Angerja_oigeusu_kogudus, lk 23
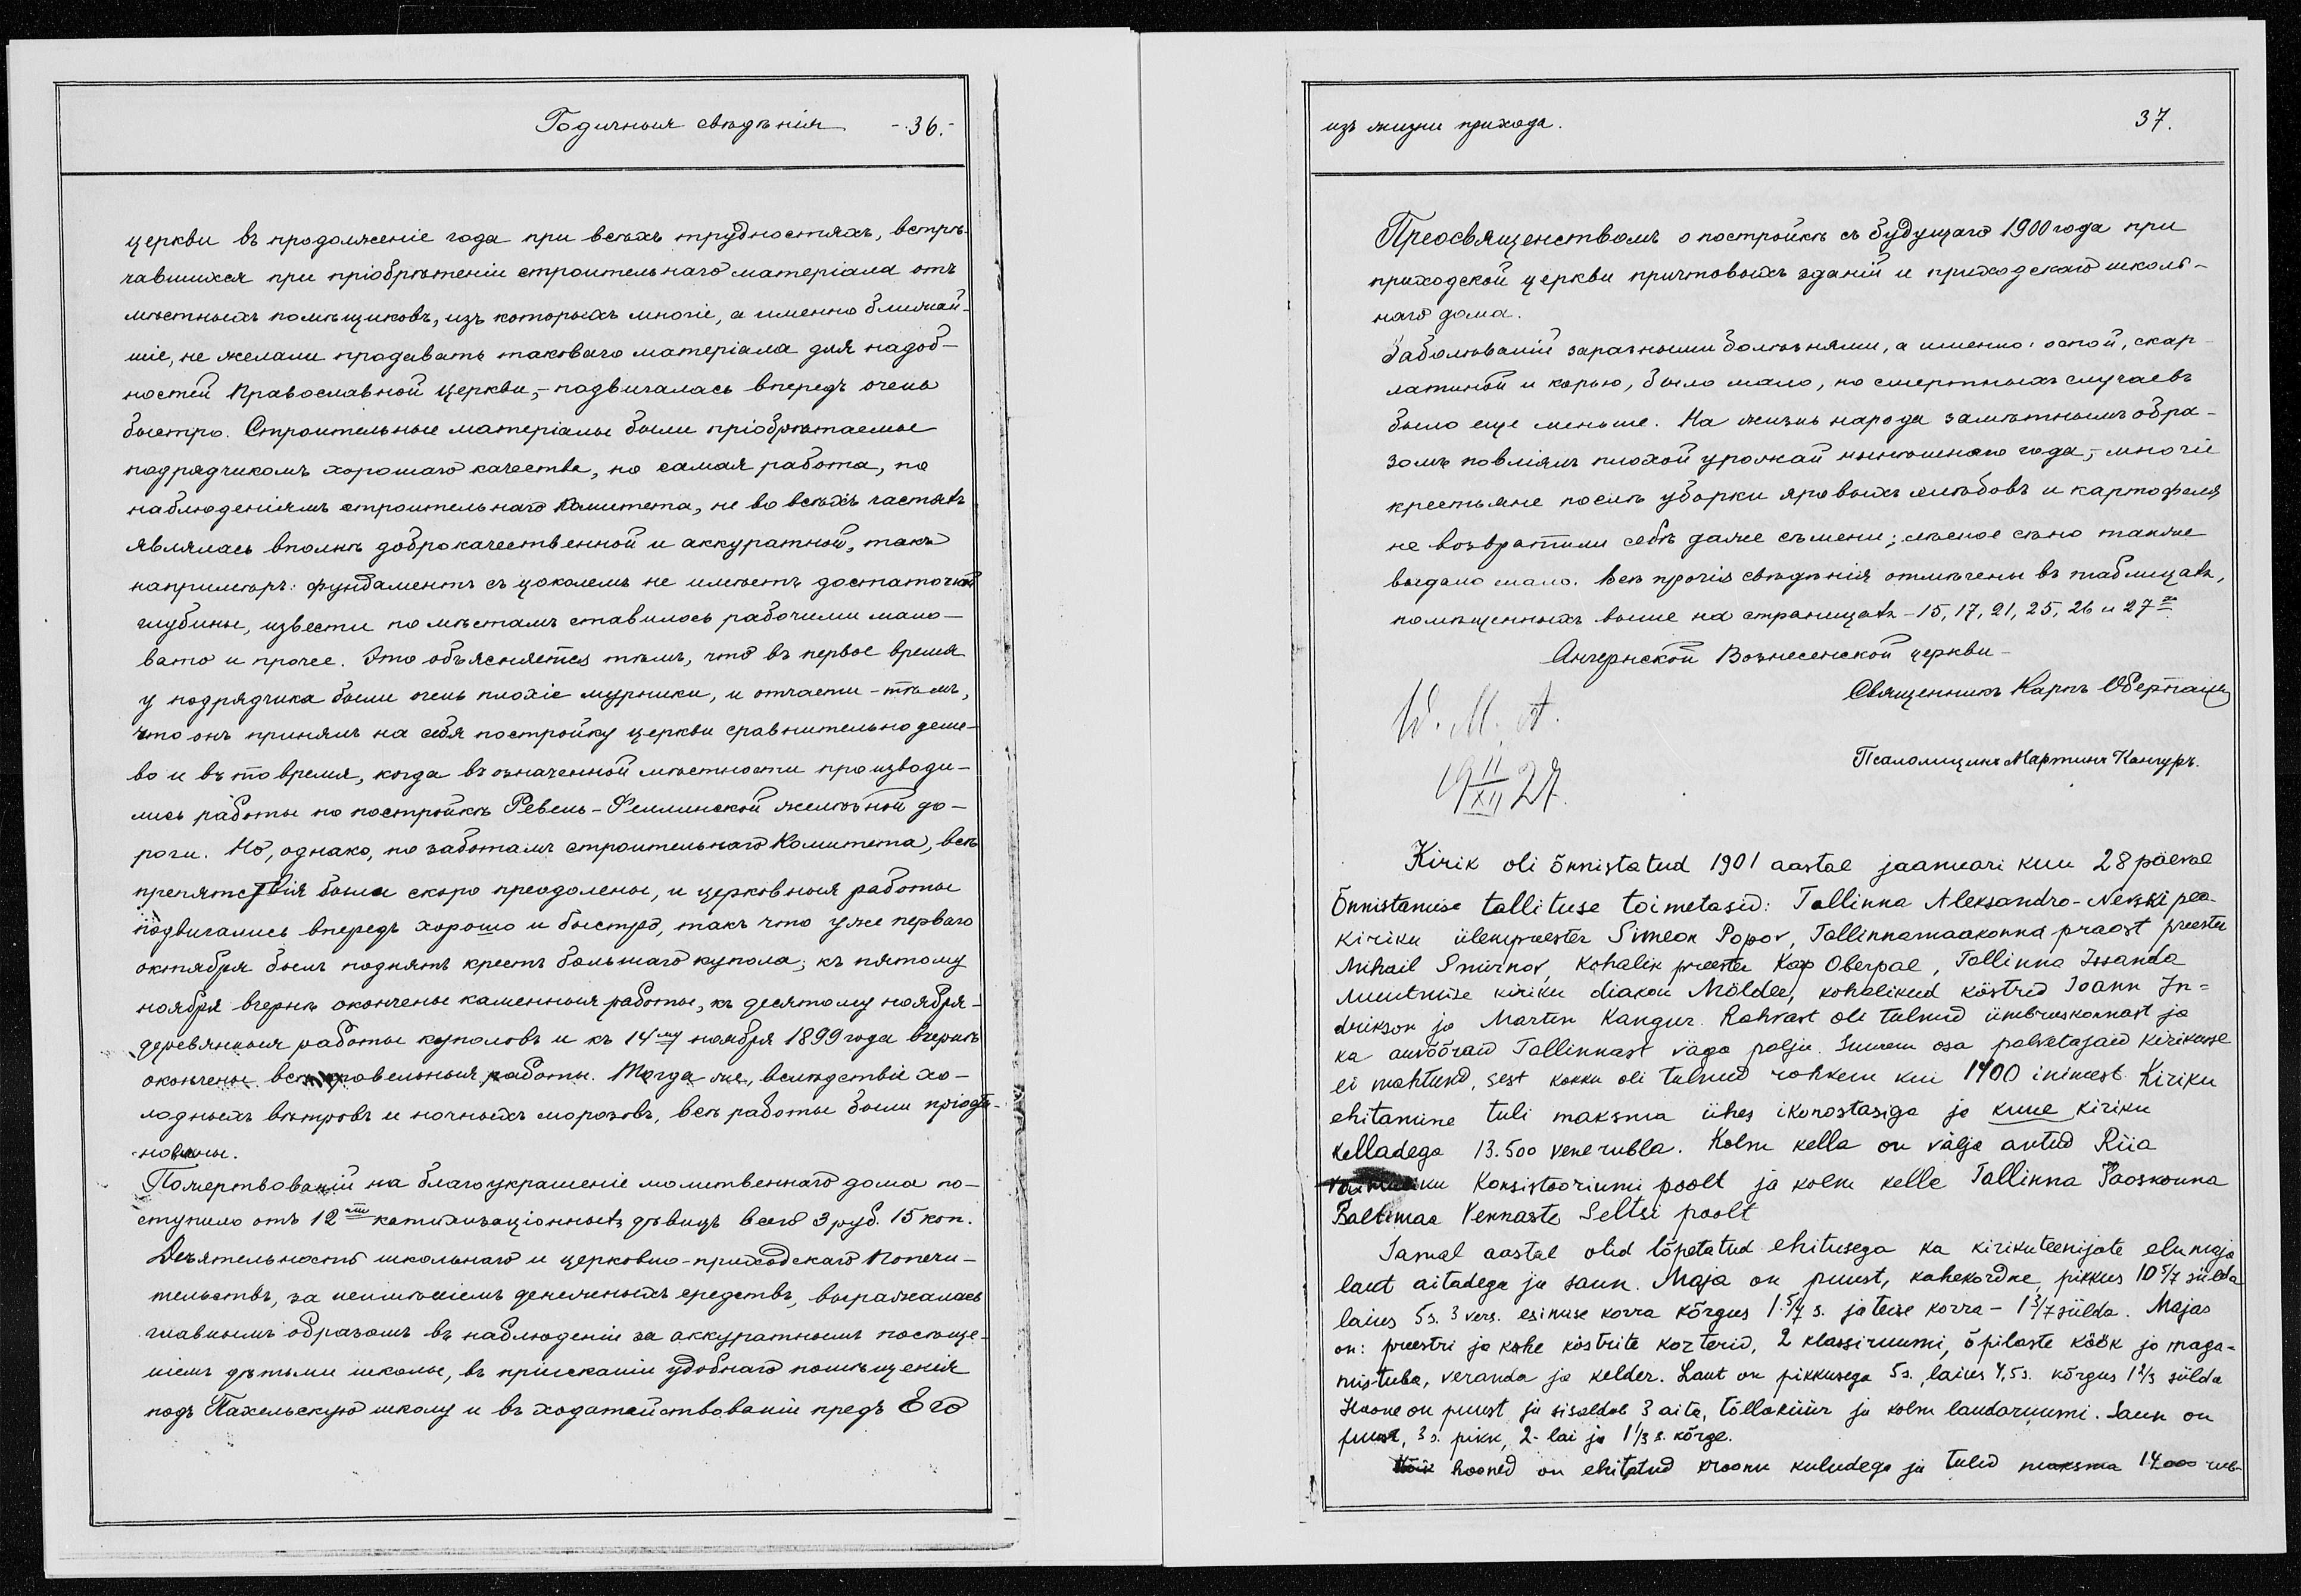
Kirik oli õnnistatud 1901 aastal jaanuari kuu 28 päeval
Õnnistamise tallituse toimetasid: Tallinna Aleksandro-Nevski pea
kiriku ülempreester Simeon Popov, Tallinnamaakonna praost preester
Mihail Smirnov, kohalik preester Karp Oberpal, Tallinna Issanda

muutmise kiriku diakon Mölder, kohalikud köstrid Joann In-

drikson ja Martin Kangur. Rahvast oli tulnud ümbruskonnast ja

ka auvõõraid Tallinnast väga palju. Suurem osa palvetajaid kirikusse

ei mahtunud, sest kokku oli tulnud rohkem kui 1400 inimest. Kiriku

ehitamine tuli maksma ühes ikonostasiga ja kuue kiriku

kelladega 13.500 vene rubla. Kolm kella on välja antud Riia

vaimuliku Konsistooriumi poolt ja kolm kelle Tallinna Jaoskonna

Baltimaa Vennaste Seltsi poolt.

Samal aastal olid lõpetatud ehitusega ka kirikuteenijate elumaja

laut aitadega ja saun. Maja on puust, kahekordne, pikkus 10 5/7 sülda

laius 5 s. 3 vers. esimese korra kõrgus 1 5/7 s. ja teise korra - 1 3/7 sülda. Majas

on: preestri ja kahe köstrite korterid, 2 klassiruumi, õpilaste köök ja maga-

mistuba, veranda ja kelder. Laut on pikkusega 5 s. , laius 4,5 s. kõrgus 1 2/3 sülda

Hoone on puust ja sisaldab 3 aita, tõllaküür ja kolm laudaruumi. Saun on

puust, 3 s. pikk, 2- lai ja 1 1/3 s. kõrge.

Kõik hooned on ehitatud kroonu kuludega ja tulid maksma 14 000 rub-